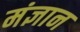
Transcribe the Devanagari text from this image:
मंज्ञान